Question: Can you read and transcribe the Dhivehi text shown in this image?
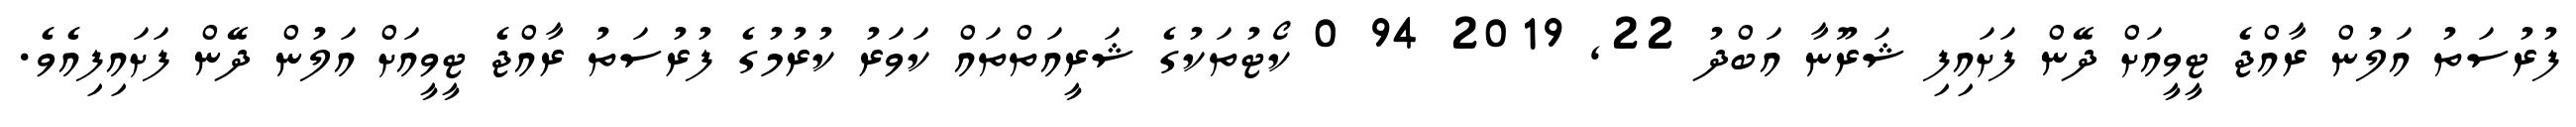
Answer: ފުރުސަތު އަލުން ރާއްޖެ ޓީވީއަށް ދޭން ފަށައިފި ޝަރޫނާ އަބްދު 22, 2019 94 0 ކޯޓުތަކުގެ ޝަރީއަތްތައް ކަވަރު ކުރުމުގެ ފުރުސަތު ރާއްޖެ ޓީވީއަށް އަލުން ދޭން ފަށައިފިއެވެ.